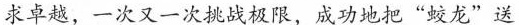
求卓越，一次又一次挑战极限，成功地把”蛟龙”送